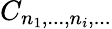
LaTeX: C_{n_{1},...,n_{i},...}